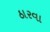
ઠારવા